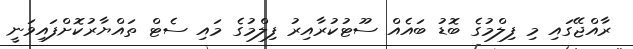
ރާއްޖޭގައި މި ފިލްމުގެ ބޮޑު ބައެއް ސޫޓުކުރާއިރު ފިލްމުގެ މައި ސެޓް ތައްޔާރުކޮށްފައިވަނީ